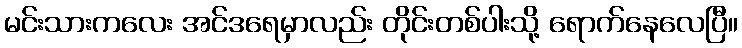
မင်းသားကလေး အင်ဒရေမှာလည်း တိုင်းတစ်ပါးသို့ ရောက်နေလေပြီ။